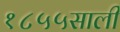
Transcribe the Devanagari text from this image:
१८५५साली